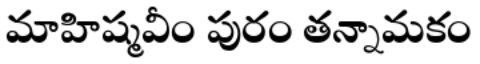
మాహిష్మవీం పురం తన్నామకం